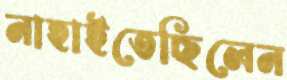
নাহাইতেছিলেন